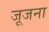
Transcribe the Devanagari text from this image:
जूजना